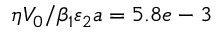
{ \eta } { V _ { 0 } } / { \beta _ { 1 } } { \varepsilon _ { 2 } } a = 5 . 8 e - 3